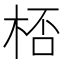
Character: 桮